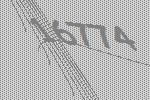
16774